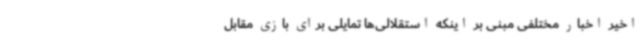
اخیر اخبار مختلفی مبنی بر اینکه استقلالی‌ها تمایلی برای بازی مقابل